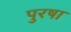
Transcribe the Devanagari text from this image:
पुरषा